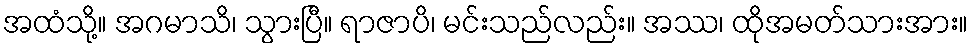
အထံသို့။ အဂမာသိ၊ သွားပြီ။ ရာဇာပိ၊ မင်းသည်လည်း။ အဿ၊ ထိုအမတ်သားအား။